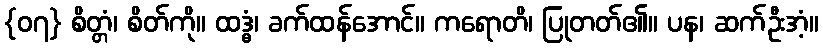
{၀၇} စိတ္တံ၊ စိတ်ကို။ ထဒ္ဓံ၊ ခက်ထန်အောင်။ ကရောတိ၊ ပြုတတ်၏။ ပန၊ ဆက်ဦးအံ့။